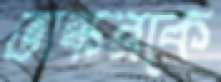
ভাস্করকে